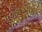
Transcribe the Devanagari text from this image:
स्थारपना